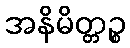
အနိမိတ္တဉ္စ